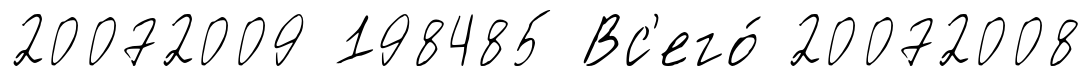
20072009 198485 Вс'его́ 20072008